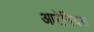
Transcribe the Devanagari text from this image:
आरेनियस